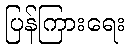
ပြန်ကြားရေး